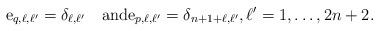
LaTeX: \begin{align*}{\rm e}_{q,\ell,\ell'}=\delta_{\ell,\ell'}\quad\mbox{and} {\rm e}_{p,\ell,\ell'}=\delta_{n+1+\ell,\ell'},\ell'=1,\ldots,2n+2.\end{align*}